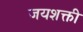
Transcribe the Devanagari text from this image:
जयशक्ती